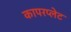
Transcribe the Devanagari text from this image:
कापरप्लेट